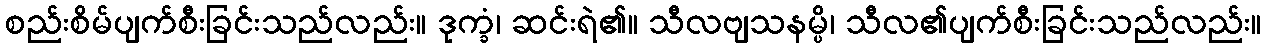
စည်းစိမ်ပျက်စီးခြင်းသည်လည်း။ ဒုက္ခံ၊ ဆင်းရဲ၏။ သီလဗျသနမ္ပိ၊ သီလ၏ပျက်စီးခြင်းသည်လည်း။